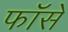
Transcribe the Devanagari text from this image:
फॉसे